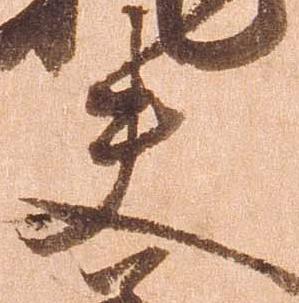
夫